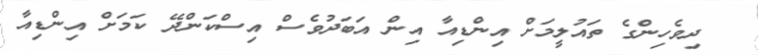
ދިވެހިންގެ ތައުލީމަށް އިންޑިއާ އިން އަބަދުވެސް އިސްކަންދޭ ކަމަށް އިންޑިއާ